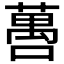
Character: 𬞒